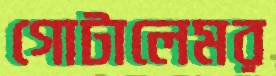
গোটালেমর